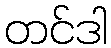
တင်ဒါ